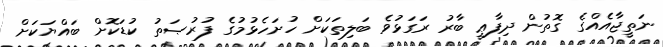
ނަތީޖާއެއްގެ ގޮތުން ދިފާޢީ ބާރު ރަގަޅުވެ ބަލިތަކަށް ހުށަހެޅުމުގެ ފުރުޞަތު ކުޑަކޮށް ބައްޔަކަށް